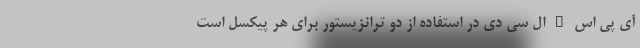
آی پی اس – ال سی دی در استفاده از دو ترانزیستور برای هر پیکسل است